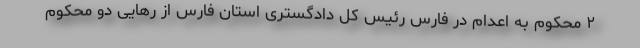
۲ محکوم به اعدام در فارس رئیس کل دادگستری استان فارس از رهایی دو محکوم